Senior Leaving Certificate Examination (including Day School Certificate (Higher) General paper), 1949
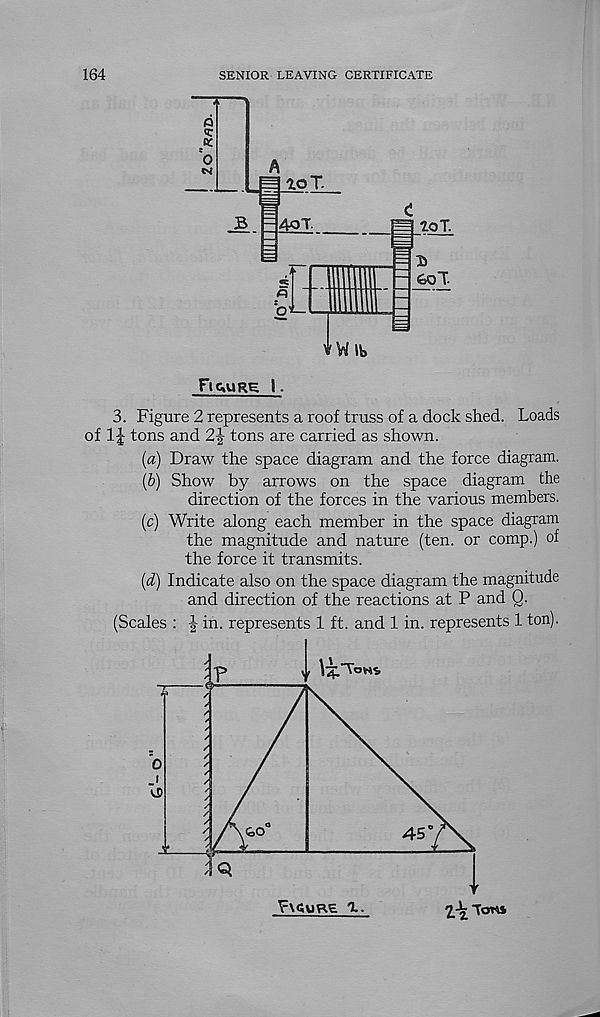
164
SENIOR LEAVING CERTIFICATE
Figure I.
3. Figure 2 represents a roof truss of a dock shed. Loads
of 1|- tons and 2| tons are carried as shown.
(a) Draw the space diagram and the force diagram.
(b) Show by arrows on the space diagram the
direction of the forces in the various members.
(c) Write along each member in the space diagram
the magnitude and nature (ten. or comp.) of
the force it transmits.
(d) Indicate also on the space diagram the magnitude
and direction of the reactions at P and Q.
(Scales : J in. represents 1 ft. and 1 in. represents 1 ton).
F\<lURE 1..